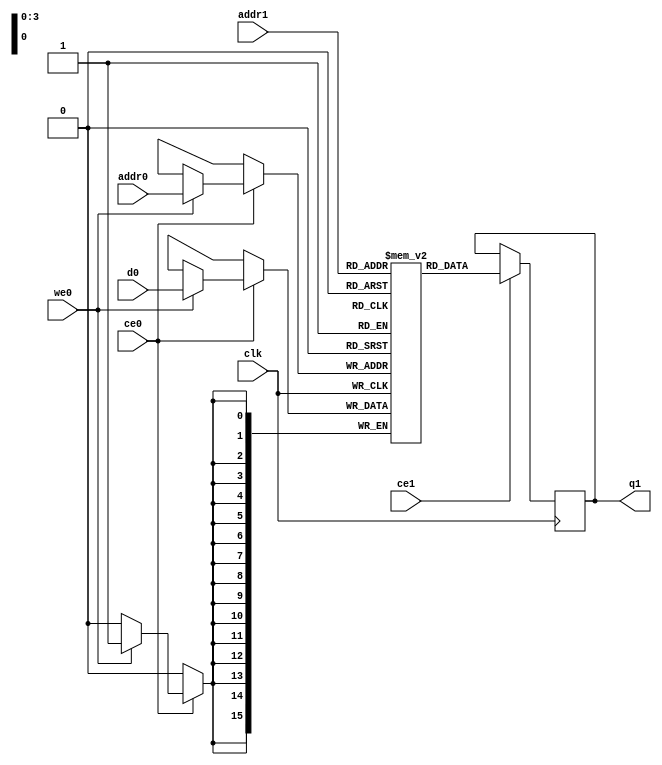
`define EXPONENT 5
`define MANTISSA 10
`define ACTUAL_MANTISSA 11
`define EXPONENT_LSB 10
`define EXPONENT_MSB 14
`define MANTISSA_LSB 0
`define MANTISSA_MSB 9
`define MANTISSA_MUL_SPLIT_LSB 3
`define MANTISSA_MUL_SPLIT_MSB 9
`define SIGN 1
`define SIGN_LOC 15
`define DWIDTH (`SIGN+`EXPONENT+`MANTISSA)
`define IEEE_COMPLIANCE 1

module td_fused_top_tdf4_l2_writeOutputs_133_running_sums_1_ram (addr0, ce0, d0, we0, addr1, ce1, q1,  clk);

parameter DWIDTH = 16;
parameter AWIDTH = 4;
parameter MEM_SIZE = 16;

input[AWIDTH-1:0] addr0;
input ce0;
input[DWIDTH-1:0] d0;
input we0;
input[AWIDTH-1:0] addr1;
input ce1;
output reg[DWIDTH-1:0] q1;
input clk;

 reg [DWIDTH-1:0] ram[MEM_SIZE-1:0];

//initial begin
//    $readmemh("./td_fused_top_tdf4_l2_writeOutputs_133_running_sums_1_ram.dat", ram);
//end



always @(posedge clk)  
begin 
    if (ce0) begin
        if (we0) 
            ram[addr0] <= d0; 
    end
end


always @(posedge clk)  
begin 
    if (ce1) begin
        q1 <= ram[addr1];
    end
end


endmodule